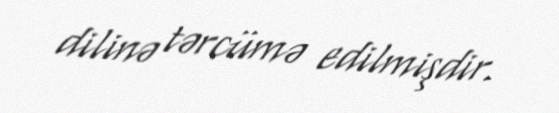
dilinə tərcümə edilmişdir.